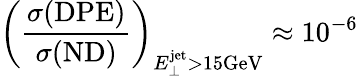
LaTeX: \left(\frac{\sigma(\mathrm{DPE})}{\sigma(\mathrm{ND})}\right)_{E_{\perp}^{\mathrm{jet}}>15\mathrm{GeV}}\approx 10^{-6}